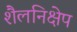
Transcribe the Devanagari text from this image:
शैलनिक्षेप